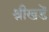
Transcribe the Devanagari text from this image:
श्रीखडें